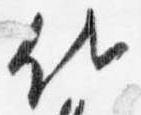
代